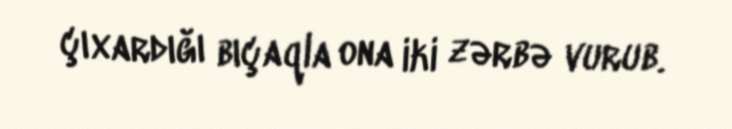
çıxardığı bıçaqla ona iki zərbə vurub.